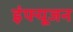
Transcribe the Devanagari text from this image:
इंफ्यूजन